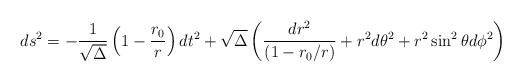
\begin{align*}ds^2 = - {1\over \sqrt\Delta} \left( 1-{r_0\over r} \right) dt^2 + \sqrt\Delta\left( {dr^2\over (1-r_0/r)} + r^2d\theta^2 + r^2\sin^2\theta d\phi^2 \right)\end{align*}